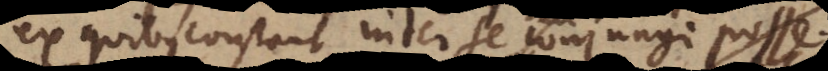
ex quibus constant inter se conjungi posse.